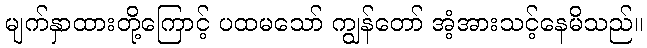
မျက်နှာထားတို့ကြောင့် ပထမသော် ကျွန်တော် အံ့အားသင့်နေမိသည်။